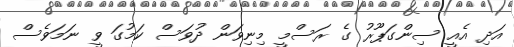
އަދި އެއީ ސިންގަޕޫރު ގެ ރަސްމީ މިނިވަން ދުވަސް ކަމުގަ ވީ ނަމަވެސް